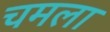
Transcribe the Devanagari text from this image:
चमला